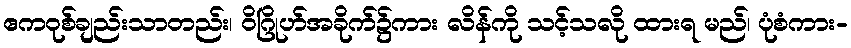
ဧကဝုစ်ချည်းသာတည်း၊ ဝိဂြိုဟ်အခိုက်၌ကား လိန်ကို သင့်သလို ထားရ မည်၊ ပုံစံကား-